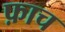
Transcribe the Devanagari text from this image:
फ़ाच